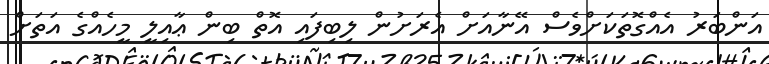
އަންބަރު އެއްގޮތަކަށްވެސް އޭނާއަށް އެރަށުން ލިބިފައި އޮތް ބިން ޢާއިލީ މީހެއްގެ އަތަށް